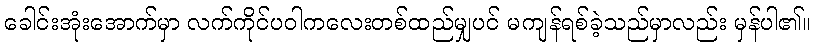
ခေါင်းအုံးအောက်မှာ လက်ကိုင်ပဝါကလေးတစ်ထည်မျှပင် မကျန်ရစ်ခဲ့သည်မှာလည်း မှန်ပါ၏။